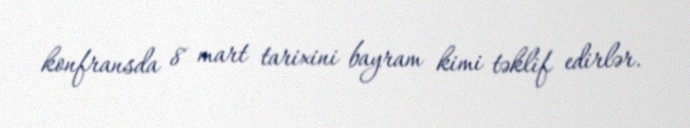
konfransda 8 mart tarixini bayram kimi təklif edirlər.